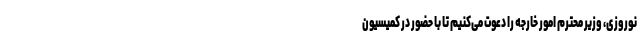
نوروزی، وزیر محترم امور خارجه را دعوت می‌کنیم تا با حضور در کمیسیون